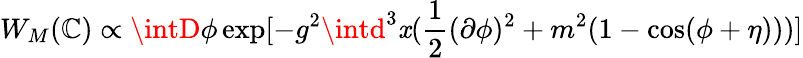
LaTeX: W_{M}(\mathbb{C})\propto\intD\phi\exp[-g^{2}\intd^{3}\mathit{x}(\frac{{1}}{{2}}(\partial\phi)^{2}+m^{2}(1-\cos(\phi+\eta)))]